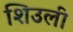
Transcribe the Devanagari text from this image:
शिउली